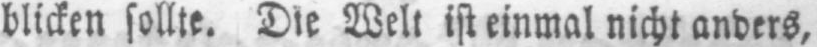
blicken sollte. Die Welt ist einmal nicht anders,